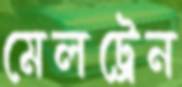
মেলট্রেন